Report on vaccination in the Province of Bengal - 1874-1889
Year: 1874
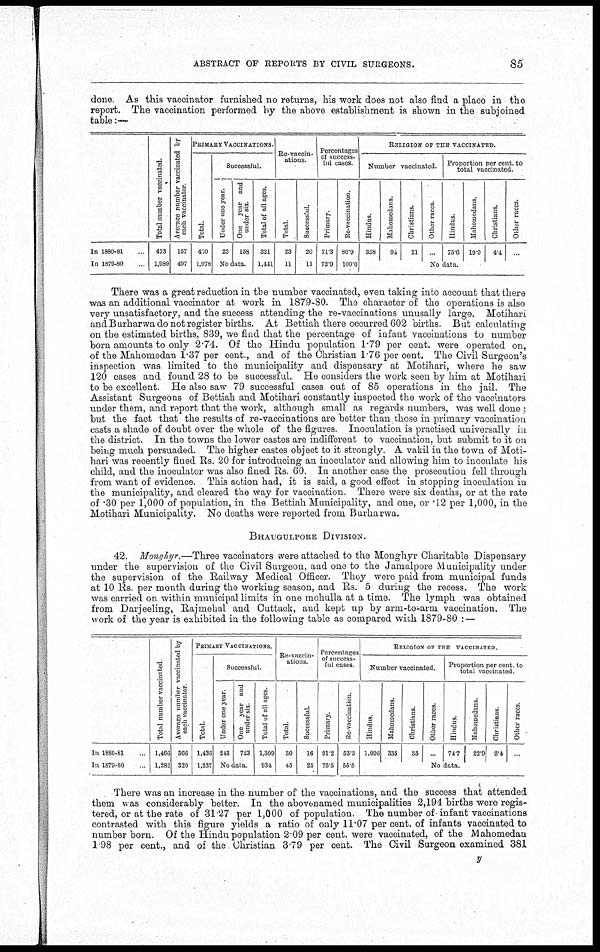
ABSTRACT OF REPORTS BY CIVIL SURGEONS.
85
done. As this vaccinator furnished no returns, his work does not also find a place in the
report. The vaccination performed by the above establishment is shown in the subjoined
table:—
In 1880-81...
In 1879-80...
Total number vaccinated.
473
1,989
Average number vaccinated by
each vaccinator.
157
497
PRIMARY VACCINATIONS.
Total.
450
1,978
Successful.
Under one year.
23
One year and
under six.
158
No data.
Total of all ages.
321
1,441
Re-vaccin-
ations.
Total.
23
11
Successful.
20
11
Percentages
of success-
ful cases.
Primary.
71.3
72.9
Re-vaccination.
86.9
100.0
RELIGION OF THE VACCINATED.
Number vaccinated.
Hindus.
358
Mahomedans.
94
Christians.
21
Other races.
...
Proportion per cent. to
total vaccinated.
Hindus.
75.6
Mahomedans.
19.9
Christians.
4.4
Other races.
...
No data.
There was a great reduction in the number vaccinated, even taking into account that there
was an additional vaccinator at work in 1879-80. The character of the operations is also
very unsatisfactory, and the success attending the re-vaccinations unusally large. Motihari
and Burharwada not register births. At Bettiah there occurred 602 births. But calculating
on the estimated births, 839, we find that the percentage of infant vaccinations to number
born amounts to only 2.74. Of the Hindu population 1.79 per cent. were operated on,
of the Mahomedan 1.37 per cent., and of the Christian 1.76 per cent. The Civil Surgeon's
inspection was limited to the municipality and dispensary at Motihari, where he saw
120 cases and found 28 to be successful. He considers the work seen by him at Motihari
to be excellent. He also saw 79 successful cases out of 85 operations in the jail. The
Assistant Surgeons of Bettiah and Motihari constantly inspected the work of the vaccinators
under them, and report that the work, although small as regards numbers, was well done ;
but the fact that the results of re-vaccinations are better than those in primary vaccination
casts a shade of doubt over the whole of the figures. Inoculation is practised universally in
the district. In the towns the lower castes are indifferent to vaccination, but submit to it on
being much persuaded. The higher castes object to it strongly. A vakil in the town of Moti-
hari was recently fined Rs. 20 for introducing an inoculator and allowing him to inoculate his
child, and the inoculator was also fined Rs. 60. In another case the prosecution fell through
from want of evidence. This action had, it is said, a good effect in stopping inoculation in
the municipality, and cleared the way for vaccination. There were six deaths, or at the rate
of .30 per 1,000 of population, in the Bettiah Municipality, and one, or .12 per 1,000, in the
Motihari Municipality. No deaths were reported from Burharwa.
BHAUGULPORE DIVISION.
42. Monghyr.—Three vaccinators were attached to the Monghyr Charitable Dispensary
under the supervision of the Civil Surgeon, and one to the Jamalpore Municipality under
the supervision of the Railway Medical Officer. They were paid from municipal funds
at 10 Rs. per month during the working season, and Rs. 5 during the recess. The work
was carried on within municipal limits in one mohulla at a time. The lymph was obtained
from Darjeeling, Rajmehal and Cuttack, and kept up by arm-to-arm vaccination. The
work of the year is exhibited in the following table as compared with 1879-80 : —
In 1880-81...
In 1879-80...
Total number vaccinated.
1,466
1,282
Average number vaccinated by
each vaccinator.
366
320
PRIMARY VACCINATIONS.
Total.
1,436
1,237
Successful.
Under one year.
243
One year and
under six.
723
No data.
Total of all ages.
1,309
934
Re-vaccin-
ntions.
Total.
30
45
Successful.
16
25
Percentages
of success-
ful cases.
Primary.
91.2
75.5
Re-vaccination.
53.3
55.5
RELIGION OF THE VACCINATED.
Number vaccinated.
Hindus.
1,096
Mahomedans.
335
Christians.
35
Other races.
...
Proportion per cent. to
total vaccinated.
Hindus.
74.7
Mahomedans.
22.9
Christians.
2.4
Other races.
...
No data.
There was an increase in the number of the vaccinations, and the success that attended
them was considerably better. In the abovenamed municipalities 2,194 births were regis-
tered, or at the rate of 31.27 per 1,000 of population. The number of infant vaccinations
contrasted with this figure yields a ratio of only 11.07 per cent. of infants vaccinated to
number born. Of the Hindu population 2.09 per cent. were vaccinated, of the Mahomedan
1.98 per cent., and of the Christian 3.79 per cent. The Civil Surgeon examined 381
y